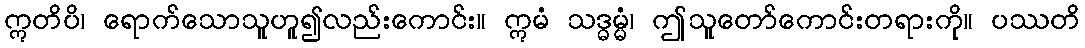
ဣတိပိ၊ ရောက်သောသူဟူ၍လည်းကောင်း။ ဣမံ သဒ္ဓမ္မံ၊ ဤသူတော်ကောင်းတရားကို။ ပဿတိ